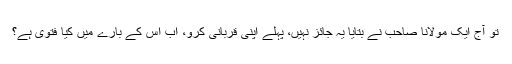
تو آج ایک مولانا صاحب نے بتایا یہ جائز نہیں، پہلے اپنی قربانی کرو، اب اس کے بارے میں کیا فتوی ہے؟